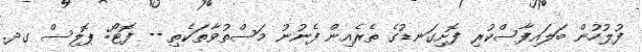
ފުލުހުން ބަލައިފާސްކުރި ފޮށިގަނޑުގެ ތެރެއިން ފެނުނު މަސްތުވާތަކެތި -- ފޮޓޯ: ޕޮލިސް ގދ.